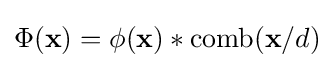
\Phi (\mathbf {x} )=\phi (\mathbf {x} )*\mathrm {comb} (\mathbf {x} /d)